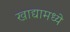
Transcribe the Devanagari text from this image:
खाद्यामध्ये